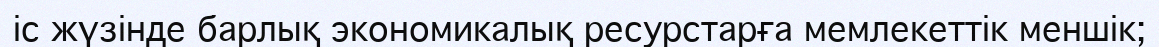
іс жүзінде барлық экономикалық ресурстарға мемлекеттік меншік;